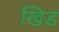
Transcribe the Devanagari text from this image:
खिड